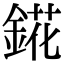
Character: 錵